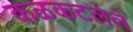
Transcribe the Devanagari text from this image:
कळकटलेले